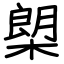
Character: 㮾